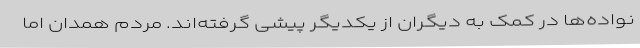
نواده‌ها در کمک به دیگران از یکدیگر پیشی‌ گرفته‌اند. مردم همدان اما